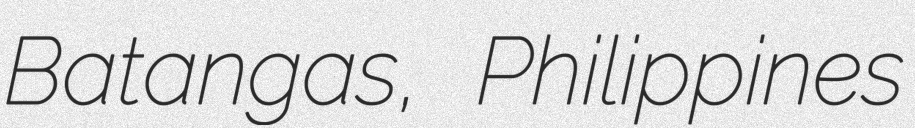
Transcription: Batangas, Philippines